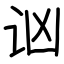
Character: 讻